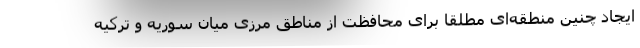
ایجاد چنین منطقه‌ای مطلقا برای محافظت از مناطق مرزی میان سوریه و ترکیه